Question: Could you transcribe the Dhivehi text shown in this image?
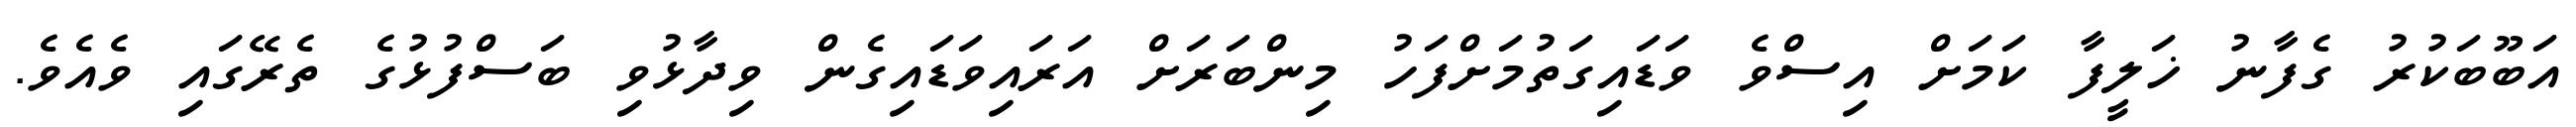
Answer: އަބޫބަކުރު ގެފާނު ޚަލީފާ ކަމަށް އިސްވެ ވަޑައިގަތުމަށްފަހު މިންބަރަށް އަރައިވަޑައިގެން ވިދާޅުވި ބަސްފުޅުގެ ތެރޭގައި ވެއެވެ.